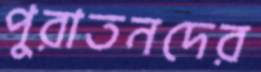
পুরাতনদের